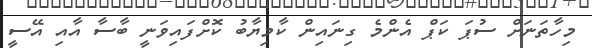
މިހާތަނަށް ސުޕަ ކަޕް އެންމެ ގިނައިން ކާމިޔާބު ކޮށްފައިވަނީ ބާސާ އާއި އޭސީ